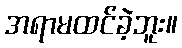
အရာမထင်ခဲ့ဘူး။